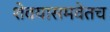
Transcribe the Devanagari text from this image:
शेवयासमवेतच